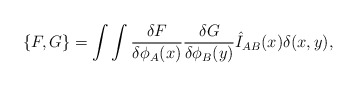
\begin{align*}\{ F,G\} =\int\int {{\delta F} \over {\delta \phi_A(x)}} {{\delta G} \over {\delta \phi_B(y)}}\hat I_{AB}(x)\delta(x,y),\end{align*}